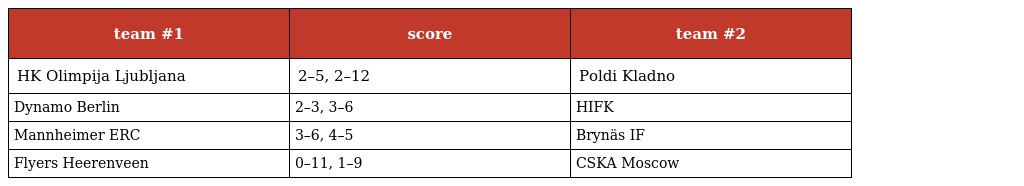
| team #1 | score | team #2 |
 | --- | --- | --- |
 | HK Olimpija Ljubljana | 2–5, 2–12 | Poldi Kladno |
 | Dynamo Berlin | 2–3, 3–6 | HIFK |
 | Mannheimer ERC | 3–6, 4–5 | Brynäs IF |
 | Flyers Heerenveen | 0–11, 1–9 | CSKA Moscow |